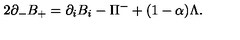
2 \partial _ { - } B _ { + } = \partial _ { i } B _ { i } - \Pi ^ { - } + ( 1 - \alpha ) \Lambda .